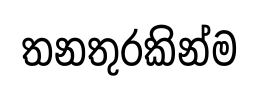
තනතුරකින්ම